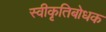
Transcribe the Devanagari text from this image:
स्वीकृतिबोधक